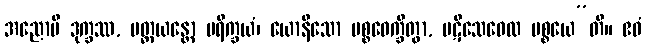
အညောပိ ဒုက္ခဿ, ပတ္ထယန္တော ပရိက္ခယံ၊ ယောနိသော ပစ္စဝေက္ခိတွာ, ပဋိသေဝေထ ပစ္စယေ”တိ။ ဧဝံ